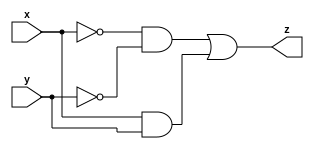
module lab0(
    input x,
    input y,
    output z
);

assign z = (~x & ~y) | (x & y);

endmodule